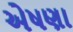
એષણા